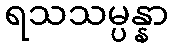
ရသသမ္ပန္နာ